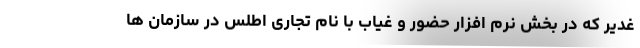
غدیر که در بخش نرم افزار حضور و غیاب با نام تجاری اطلس در سازمان ها